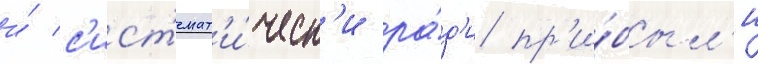
и́ с'ист'емат'и́ческ'и ра́д'и пр'и́был'и